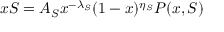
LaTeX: x S = A _ { S } x ^ { - \lambda _ { S } } ( 1 - x ) ^ { \eta _ { S } } P ( x , S )